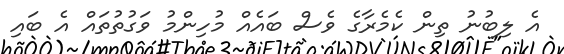
އެ ލިބުނު ތިން ކެމެރާގެ ވެސް ބައެއް މުހިންމު ވަގުތުތައް އެ ބައި